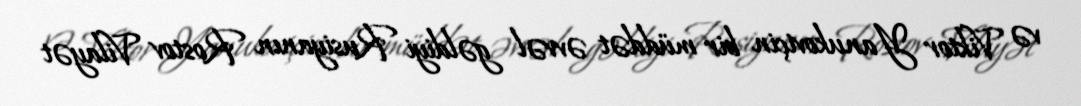
və Viktor Yanukoviçin bir müddət əvvəl gəldiyi Rusiyanın Rostov Vilayət